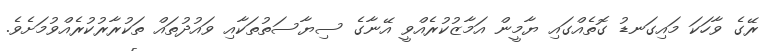
ރޭގެ ވާހަކަ މައިގަނޑު ގޮތެއްގައި ޔާމީން އަމާޒުކުރެއްވީ އޭނާގެ ސިޔާސަތުތަކާއި ވައުދުތައް ތަކުރާރުކުރެއްވުމަށެވެ.